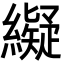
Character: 𦆦